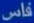
فاس